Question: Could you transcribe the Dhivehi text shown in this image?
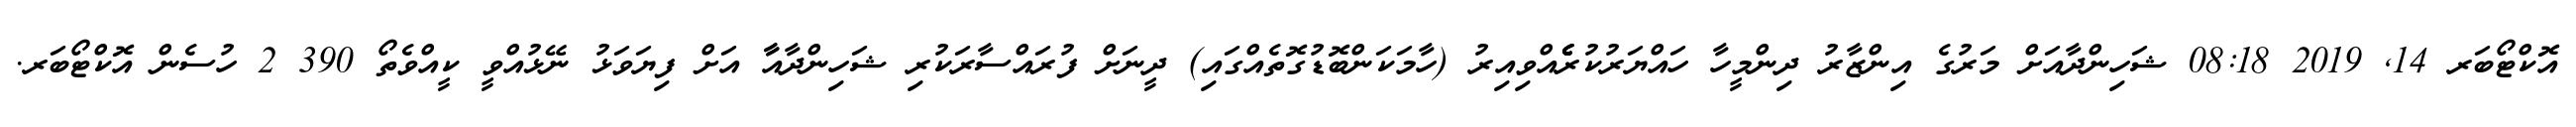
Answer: އޮކްޓޯބަރ 14, 2019 08:18 ޝަހިންދާއަށް މަރުގެ އިންޒާރު ދިންމީހާ ހައްޔަރުކުރެެެެެއްވިއިރު (ހާމަކަންބޮޑުގޮތެއްގައި) ދީނަށް ފުރައްސާރަކުރި ޝަހިންދާއާާ އަށް ފިޔަވަޅު ނޭޅުއްވީ ކީއްވެތޯ 390 2 ހުސެން އޮކްޓޯބަރ.